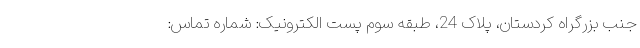
جنب بزرگراه کردستان، پلاک 24، طبقه سوم پست الکترونیک: شماره تماس: